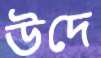
উদে